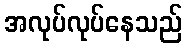
အလုပ်လုပ်နေသည်